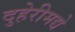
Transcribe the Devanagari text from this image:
दुहेरीमद्ये